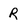
Character: R